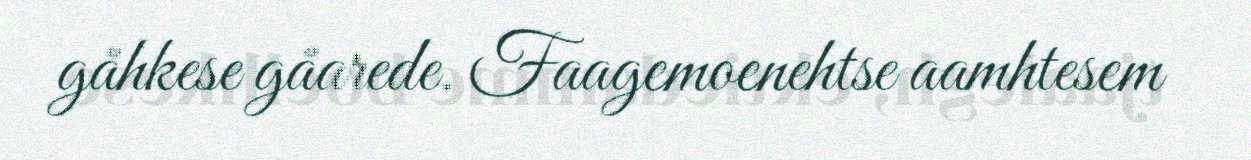
gåhkese gåarede. Faagemoenehtse aamhtesem